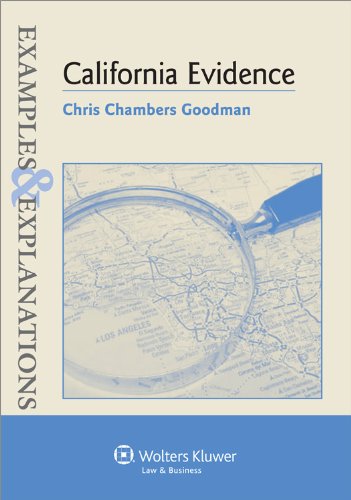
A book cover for Examples & Explanations: California Evidence; Chris Chambers Goodman; Law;